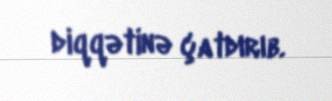
diqqətinə çatdırıb.